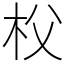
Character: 𣏤